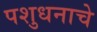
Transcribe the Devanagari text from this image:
पशुधनाचे